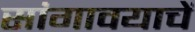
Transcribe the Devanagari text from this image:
सांगावयाचें